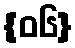
{၀၆}